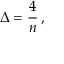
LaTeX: \Delta = { \frac { 4 } { n } } \, ,